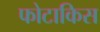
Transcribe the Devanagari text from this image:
फोटाकिस